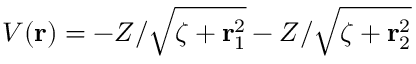
V ( \mathbf { r } ) = - Z / \sqrt { \zeta + \mathbf { r } _ { 1 } ^ { 2 } } - Z / \sqrt { \zeta + \mathbf { r } _ { 2 } ^ { 2 } }